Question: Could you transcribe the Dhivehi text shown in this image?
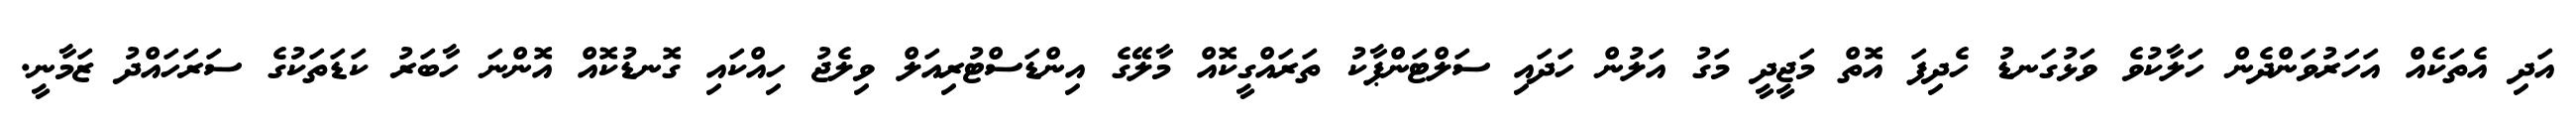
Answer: އަދި އެތަކެއް އަހަރުވަންދެން ހަލާކުވެ ވަޅުގަނޑު ހެދިފަ އޮތް މަޖީދީ މަގު އަލުން ހަދައި ސަލްޓަންޕާކު ތަރައްގީކޮއް މާލޭގެ އިންޑަސްޓުރިއަލް ވިލެޖު ހިއްކައި ގޮނޑުކޮއް އޮންނަ ހާބަރު ކަޑަތަކުގެ ސަރަހައްދު ޒަމާނީ.